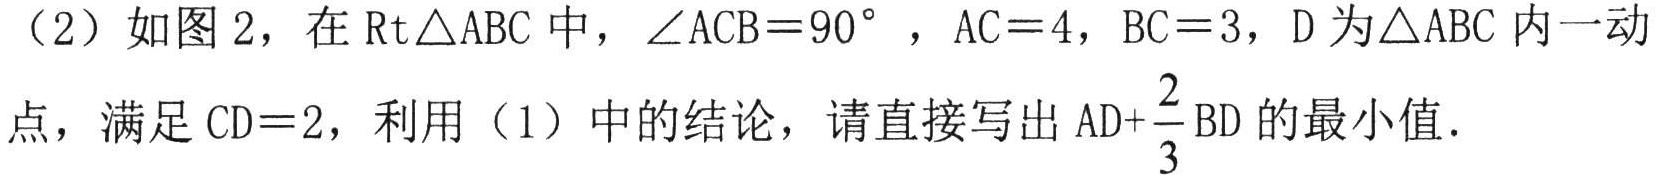
（2）如图 2，在$\mathrm{Rt}\triangle ABC$中，$\angle ACB = 90^{\circ}$，$AC = 4$，$BC = 3$，$D$为$\triangle ABC$内一动点，满足$CD = 2$，利用（1）中的结论，请直接写出$AD+\frac{2}{3}BD$的最小值．